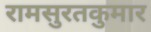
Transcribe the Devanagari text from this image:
रामसुरतकुमार